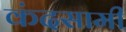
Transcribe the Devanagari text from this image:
कंदसामी